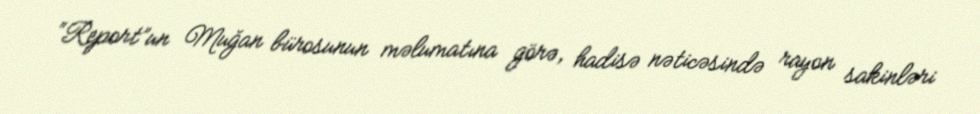
“Report”un Muğan bürosunun məlumatına görə, hadisə nəticəsində rayon sakinləri